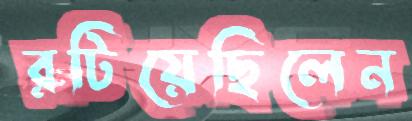
রটিয়েছিলেন